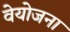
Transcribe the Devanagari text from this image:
वेयोजना